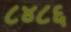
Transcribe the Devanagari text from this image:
८४८६